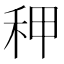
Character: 𰨡